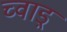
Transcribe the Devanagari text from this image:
च्वाड़्